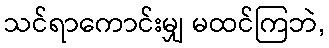
သင်ရာကောင်းမျှ မထင်ကြဘဲ,